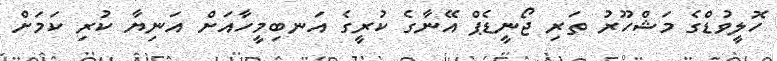
ހޮލީވުޑްގެ މަޝްހޫރު ތަރި ޖޯނީޑެޕް އޭނާގެ ކުރީގެ އަނބިމީހާއަށް އަނިޔާ ކުރި ކަމަށް